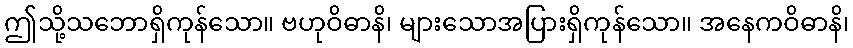
ဤသို့သဘောရှိကုန်သော။ ဗဟုဝိဓာနိ၊ များသောအပြားရှိကုန်သော။ အနေကဝိဓာနိ၊